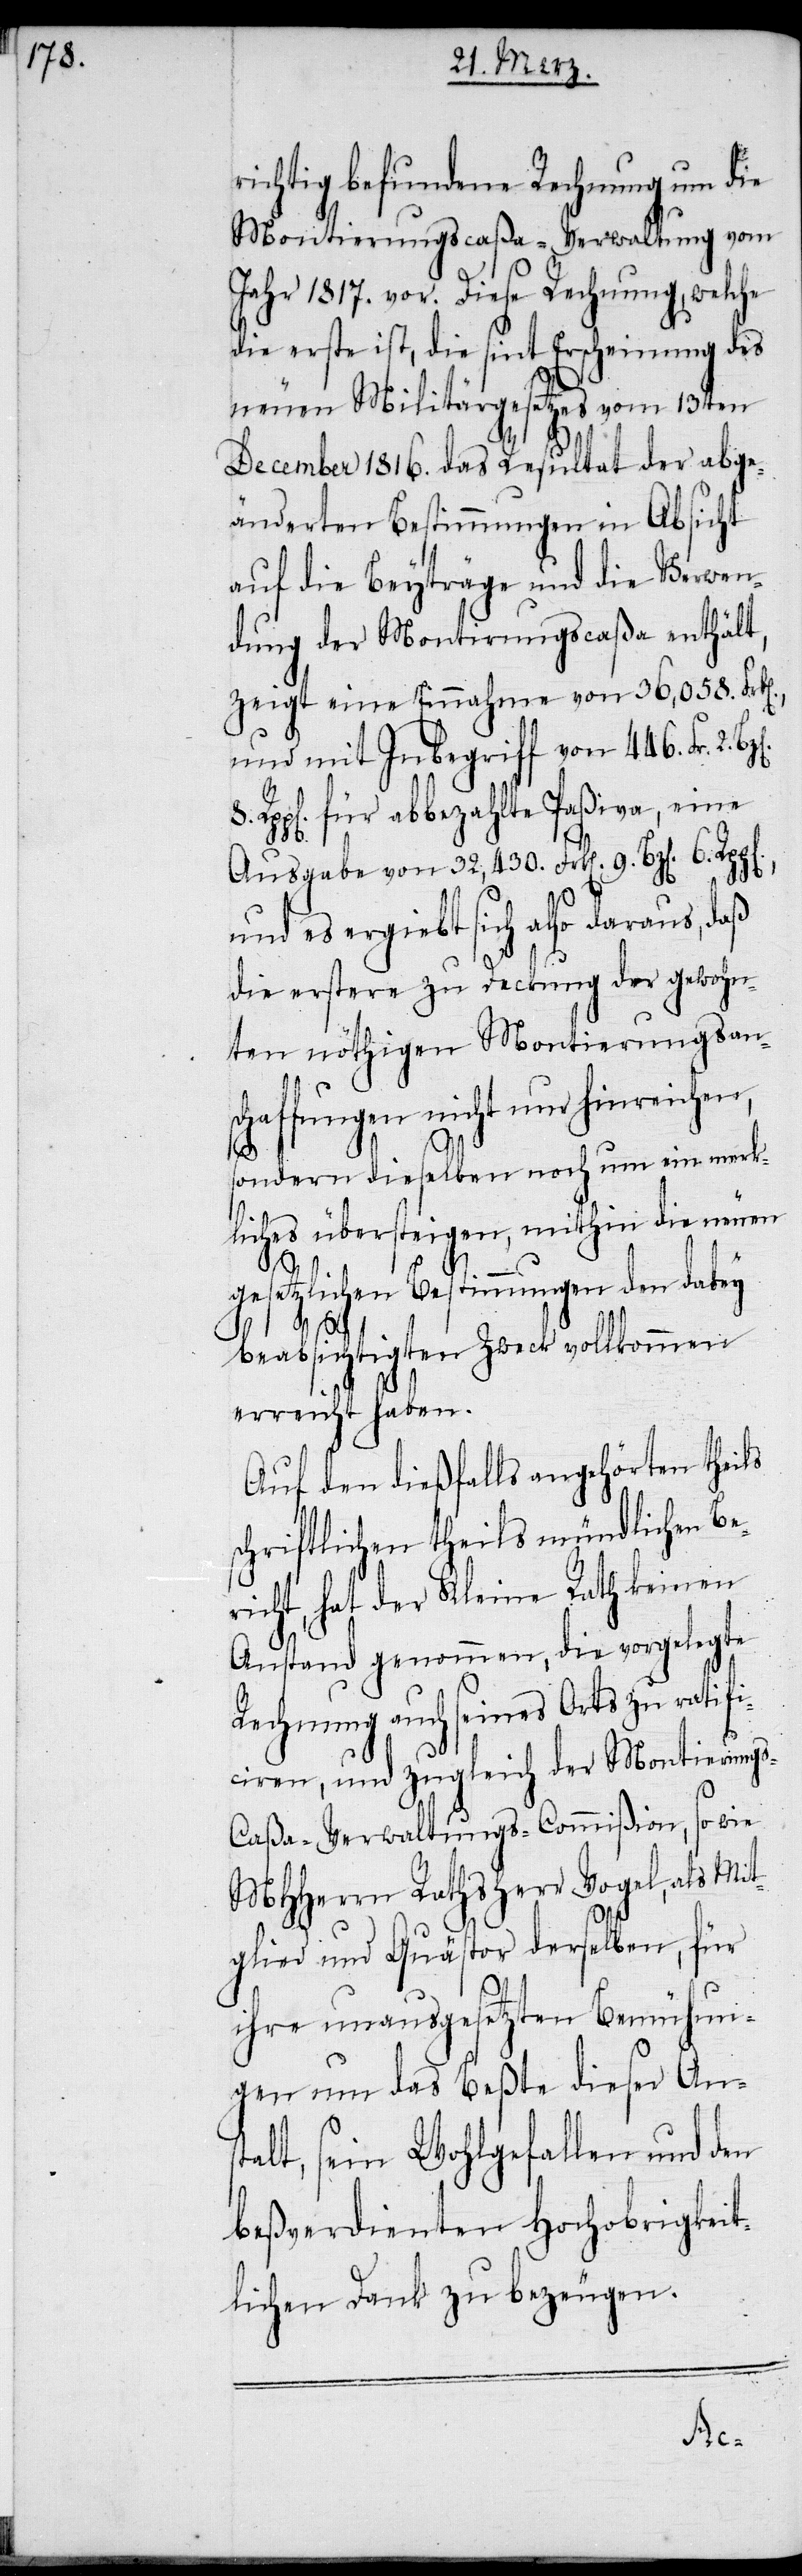
richtig befundene Rechnung um die
Montierungscaßa-Verwaltung vom
Jahr 1817. vor. Diese Rechnung, welche
die erste ist, die sint Erscheinung des
neuen Militärgesetzes vom 13ten
n].,
December 1816. das Resultat der abge¬
änderten Bestimmungen in Absicht
auf die Beyträge und die Verwen¬
dung der Montirungscaßa enthält,
zeigt eine Einnahme von 36,058. Frk[e¬
und mit Inbegriff von 446. Fr.2.
Rp[en]. für abbezahlte Paßiva, eine
Ausgabe von 32,430. Frk[en]. 9. Bz[en].
6.
und es ergiebt sich also daraus, daß
die erstere zu Deckung der gewoh¬
nten nöthigen Montierungsan¬
schaffungen nicht nur hinreichen,
sondern dieselben noch um ein merk¬
liches übersteigen, mithin die neuen
g¬
gesetzlichen Bestimmungen den dabey
beabsichtigten Zweck vollkommen
erreicht haben.
Auf den dießfalls angehörten theils
chriftlichen theils mündlichen Be¬
richt, hat der Kleine Rath keinen
Anstand genommen, die vorgelegte
Rechnung auch seines Orts zu ratifi¬
ciren, und zugleich der Montierun¬
s-Caßa-Verwaltungs-Commißion, so wie
MHHerrn Rathsherr Vogel, als Mit¬
glied und Quästor derselben, für
ihre unausgesetzten Bemühun¬
gen um das Beßte dieser Anst¬
alt, sein Wohlgefallen und den
ß[t]verdienten Hochobrigkeit¬
lichen Dank zu bezeugen.
be¬